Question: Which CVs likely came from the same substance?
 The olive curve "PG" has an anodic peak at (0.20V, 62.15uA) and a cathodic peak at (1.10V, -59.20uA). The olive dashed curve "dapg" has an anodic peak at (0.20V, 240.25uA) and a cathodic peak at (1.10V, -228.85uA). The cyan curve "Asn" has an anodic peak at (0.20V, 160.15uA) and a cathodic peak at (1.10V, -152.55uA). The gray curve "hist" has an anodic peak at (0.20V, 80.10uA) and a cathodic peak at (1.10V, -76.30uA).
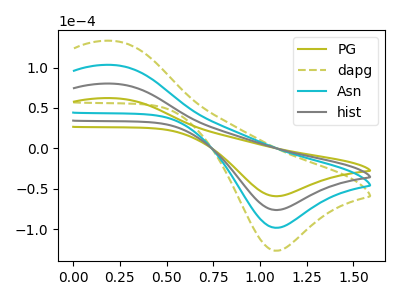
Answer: <think>All the peaks in "PG" have a peak in "dapg" at the same potential. Every peak in "PG" is lower than every peak in "dapg". All the peaks in "PG" have a peak in "Asn" at the same potential. Every peak in "PG" is lower than every peak in "Asn". All the peaks in "PG" have a peak in "hist" at the same potential. Every peak in "PG" is lower than every peak in "hist". All the peaks in "dapg" have a peak in "Asn" at the same potential. Every peak in "dapg" is higher than every peak in "Asn". All the peaks in "dapg" have a peak in "hist" at the same potential. Every peak in "dapg" is higher than every peak in "hist". All the peaks in "Asn" have a peak in "hist" at the same potential. Every peak in "Asn" is higher than every peak in "hist".
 </think>
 <answer>"PG", "dapg", "Asn" and "hist" have the same shape and are likely CV's of the same chemical.</answer>
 <eval>"PG" "dapg" "Asn" "hist"</eval>